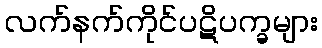
လက်နက်ကိုင်ပဋိပက္ခများ